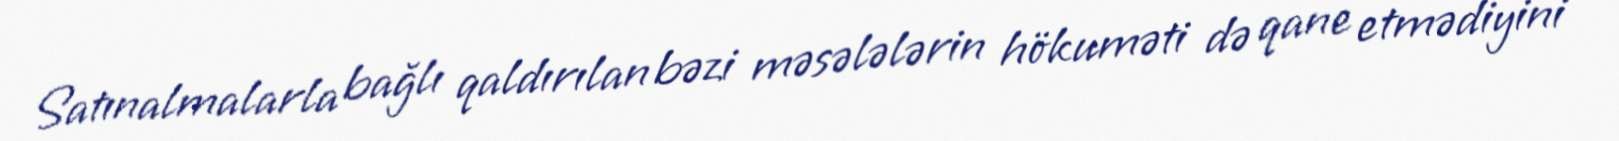
Satınalmalarla bağlı qaldırılan bəzi məsələlərin hökuməti də qane etmədiyini